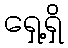
ရှေ့ရှိ